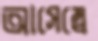
আসেম্বে